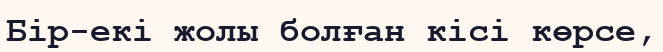
Бір-екі жолы болған кісі көрсе,